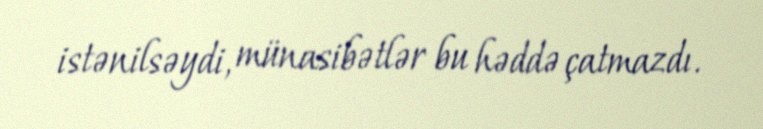
istənilsəydi, münasibətlər bu həddə çatmazdı.